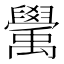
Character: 𥝊